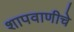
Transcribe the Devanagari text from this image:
शापवाणीचे